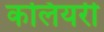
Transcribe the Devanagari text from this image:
कलियरी